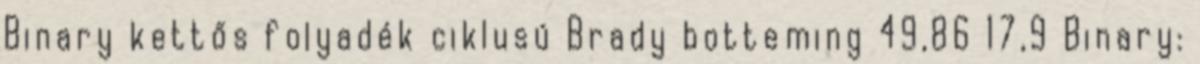
Binary kettős folyadék ciklusú Brady botteming 49,86 17,9 Binary: